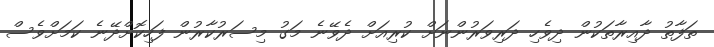
ތަފާތު ދާއިރާތަކުން ދިވެހި ދަރިވަރުންނަށް ކުރިއަށް ދެވޭނެ މަގު މިސަރުކާރުން ފަހިކޮށްދޭނެ ކަމަށްވެސް